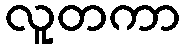
လူတကာ